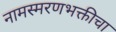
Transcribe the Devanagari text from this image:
नामस्मरणभक्तीचा